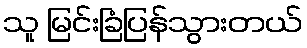
သူ မြင်းခြံပြန်သွားတယ်